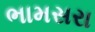
ભામસરા